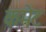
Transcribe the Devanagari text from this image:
कमेट